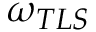
\omega _ { T L S }